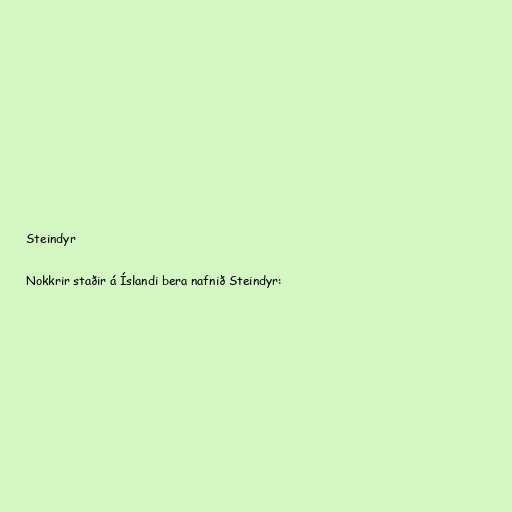
Steindyr

Nokkrir staðir á Íslandi bera nafnið Steindyr: